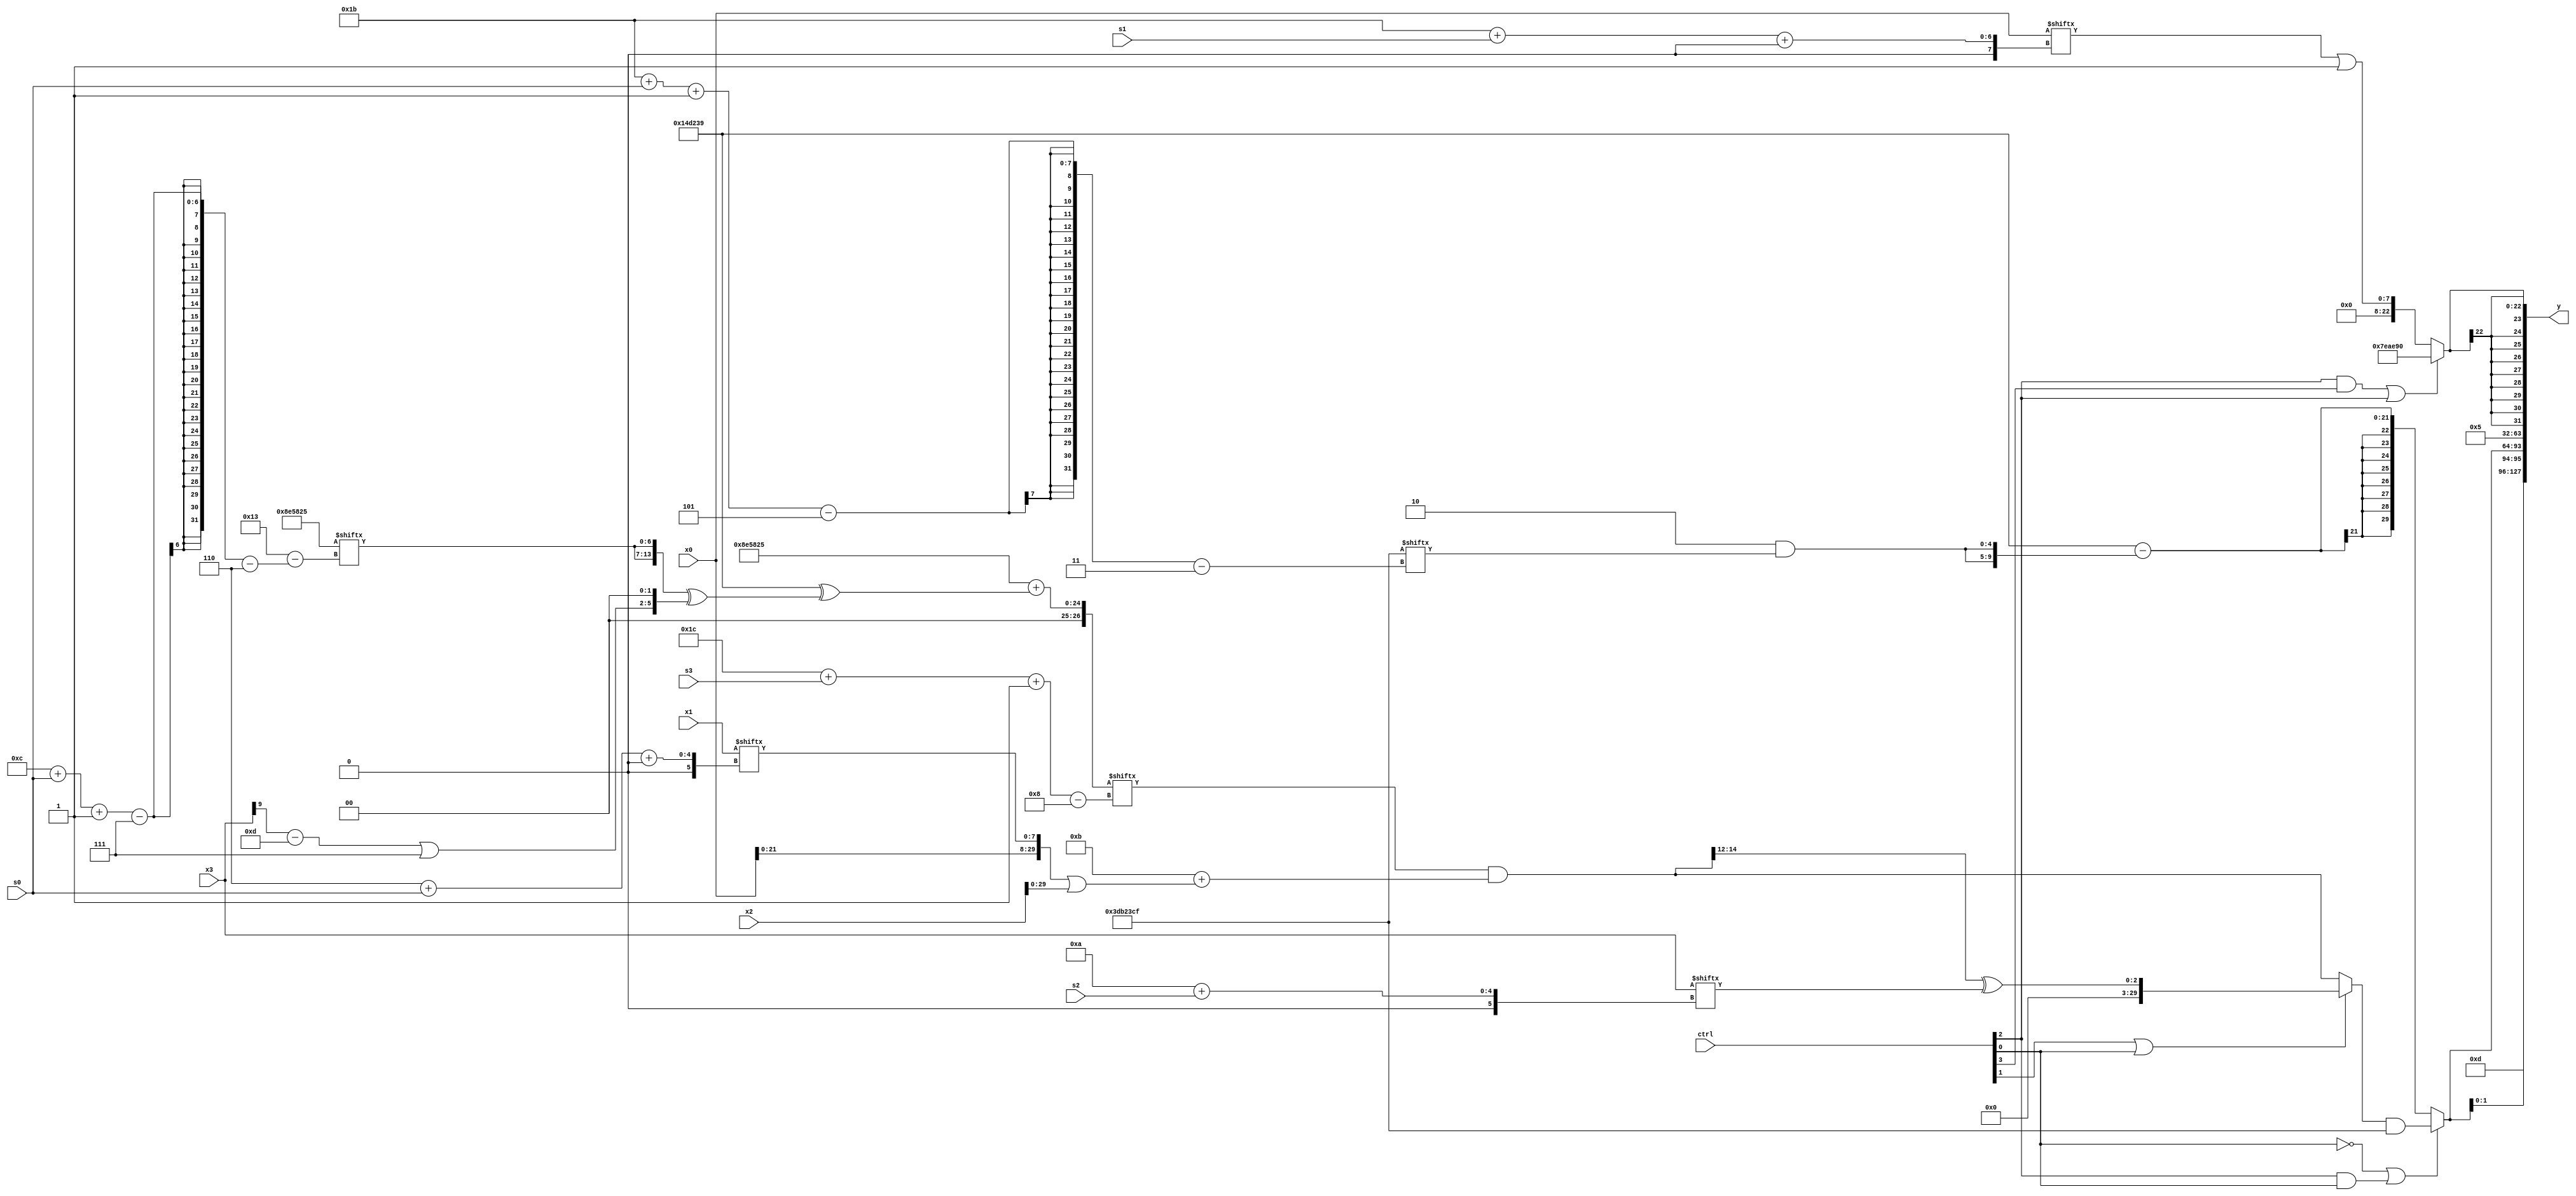
module partsel_00419(ctrl, s0, s1, s2, s3, x0, x1, x2, x3, y);
  input [3:0] ctrl;
  input [2:0] s0;
  input [2:0] s1;
  input [2:0] s2;
  input [2:0] s3;
  input signed [31:0] x0;
  input [31:0] x1;
  input [31:0] x2;
  input [31:0] x3;
  wire signed [5:26] x4;
  wire signed [26:0] x5;
  wire signed [4:27] x6;
  wire signed [5:26] x7;
  wire signed [6:30] x8;
  wire signed [29:1] x9;
  wire signed [4:26] x10;
  wire signed [31:7] x11;
  wire signed [28:5] x12;
  wire [25:2] x13;
  wire [3:31] x14;
  wire [30:1] x15;
  output [127:0] y;
  wire [31:0] y0;
  wire signed [31:0] y1;
  wire [31:0] y2;
  wire signed [31:0] y3;
  assign y = {y0,y1,y2,y3};
  localparam signed [24:4] p0 = 802476601;
  localparam [28:3] p1 = 668672975;
  localparam signed [7:25] p2 = 26128016;
  localparam signed [6:31] p3 = 9328677;
  assign x4 = x2[4 + s0 -: 5];
  assign x5 = (p3 + (p0 ^ ({2{p3[12 + s0 -: 7]}} ^ {((x3[9 +: 1] - p2[18 -: 4]) | p1[13 -: 4]), {p2[23 -: 1], (p1[15 -: 1] | p0[15 -: 1])}})));
  assign x6 = p0;
  assign x7 = p2[14 + s0 -: 1];
  assign x8 = {2{((p2[10 + s3] ^ ((x0[11 + s3] - p1) | p1[10 +: 2])) - p2)}};
  assign x9 = (!ctrl[1] && !ctrl[2] || ctrl[1] ? (x0[17 + s2] & x5[16 -: 3]) : (((x2 & (x1 + x6[10 + s3])) - x2[8 +: 4]) ^ (p1 + x0[12 + s0 -: 4])));
  assign x10 = (x0[27 + s1 +: 8] | p0[8]);
  assign x11 = x2;
  assign x12 = (ctrl[1] || ctrl[0] && ctrl[0] ? (p3[12] + (x10[11 +: 1] & x2)) : {2{x0[15 -: 4]}});
  assign x13 = p0[17];
  assign x14 = {p3[15 -: 4], p1};
  assign x15 = {x5[15 + s3 +: 5], (x5[28 + s3 -: 8] & (p3[17 +: 4] + ({x0, x1[6 + s0 +: 8]} | x2)))};
  assign y0 = p2[15 +: 4];
  assign y1 = {2{(!ctrl[0] || ctrl[2] && ctrl[0] ? ((ctrl[1] && ctrl[1] || ctrl[0] ? (x15[15 -: 3] ^ x3[10 + s2]) : x15) & p1) : (p0 - {2{(p3[17 +: 2] & p1[27 + s0 -: 5])}}))}};
  assign y2 = x6[13 +: 3];
  assign y3 = (ctrl[2] && ctrl[3] || ctrl[2] ? p2 : x10);
endmodule